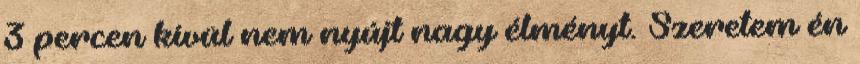
3 percen kívül nem nyújt nagy élményt. Szeretem én